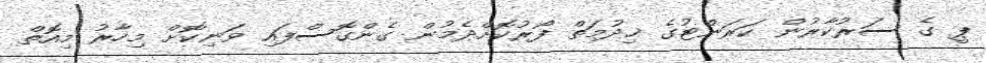
ޕީ ގެ ސަރުކާރުން ކަރަންޓުގެ ޚިދުމަތް ފޯރުކޮށްދެމުން ގެންގޮސްފައި ވަނިކޮށް މިހާރު މިއޮތް